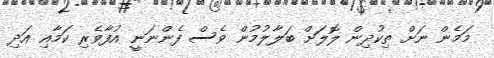
މަމެން ނަށް ތިކުދިން ލޮލަށް ބަލާލުމުން ވެސް ފެންނަނީ އުފާވެރި ކަމާއި އަދި